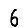
Digit: 6